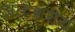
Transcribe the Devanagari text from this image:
अंतःशरीय